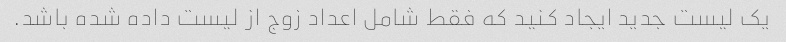
یک لیست جدید ایجاد کنید که فقط شامل اعداد زوج از لیست داده شده باشد.